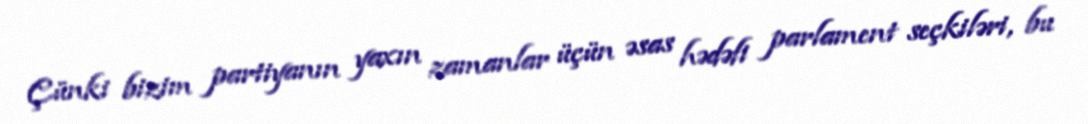
Çünki bizim partiyanın yaxın zamanlar üçün əsas hədəfi parlament seçkiləri, bu